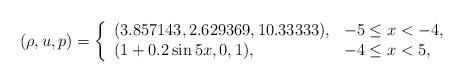
LaTeX: \begin{align*}(\rho,u,p)=\left\{\begin{array}{ll}(3.857143, 2.629369, 10.33333), & \textrm{$ -5 \leq x < -4$},\\(1+0.2\sin{5x}, 0, 1), & \textrm{$ -4 \leq x < 5$},\end{array}\right.\end{align*}